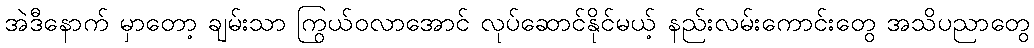
အဲဒီနောက် မှာတော့ ချမ်းသာ ကြွယ်ဝလာအောင် လုပ်ဆောင်နိုင်မယ့် နည်းလမ်းကောင်းတွေ အသိပညာတွေ